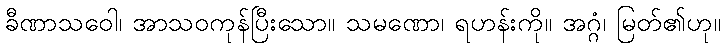
ခီဏာသဝေါ၊ အာသဝကုန်ပြီးသော။ သမဏော၊ ရဟန်းကို။ အဂ္ဂံ၊ မြတ်၏ဟု။